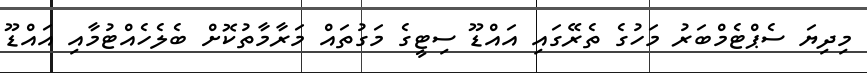
މިދިޔަ ސެޕްޓެމްބަރު މަހުގެ ތެރޭގައި އައްޑޫ ސިޓީގެ މަގުތައް މަރާމާތުކޮށް ބެލެހެއްޓުމާއި އައްޑޫ